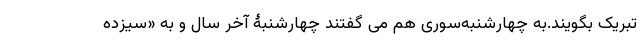
تبریک بگویند.به چهارشنبه‌سوری هم می گفتند چهارشنبۀ آخر سال و به «سیزده